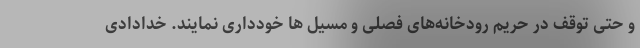
و حتی توقف در حریم رودخانه‌های فصلی و مسیل ها خودداری نمایند. خدادادی